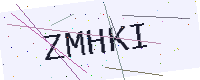
Text: ZMHKI